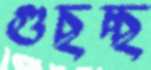
গুছচ্ছ